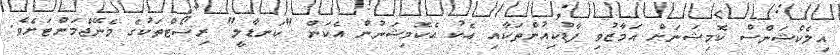
އިލެކްޝަންސް ކޮމިޝަނަށް އަމާޒުވި ފާޑުކިއުންތަކާއި އެކު އެކޮމިޝަނުން އެކަން "ކަނޑާލީ" ރިސޯޓްތަކުގެ މެނޭޖްމަންޓަށެވެ.